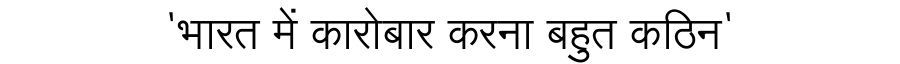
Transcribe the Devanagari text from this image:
'भारत में कारोबार करना बहुत कठिन'